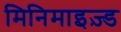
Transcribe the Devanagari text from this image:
मिनिमाइज़्ड